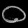
Digit: ၀